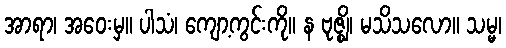
အာရာ၊ အဝေးမှ။ ပါသံ၊ ကျော့ကွင်းကို။ န ဗုဇ္ဈိ၊ မသိသလော။ သမ္မ၊